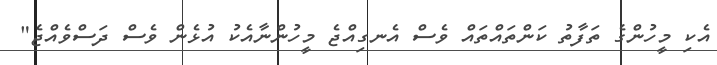
އެކި މީހުންގެ ތަފާތު ކަންތައްތައް ވެސް އެނގިއްޖެ މީހުންނާއެކު އުޅެން ވެސް ދަސްވެއްޖެ"